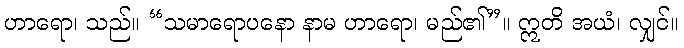
ဟာရော၊ သည်။ “သမာရောပနော နာမ ဟာရော၊ မည်၏”။ ဣတိ အယံ၊ လျှင်။